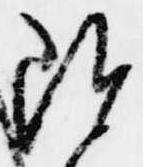
随